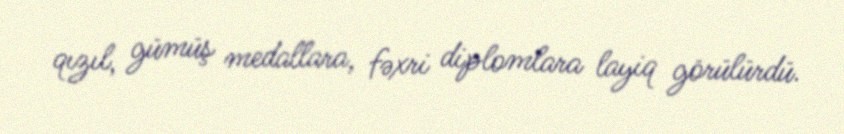
qızıl, gümüş medallara, fəxri diplomlara layiq görülürdü.